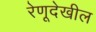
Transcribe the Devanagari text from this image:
रेणूदेखील